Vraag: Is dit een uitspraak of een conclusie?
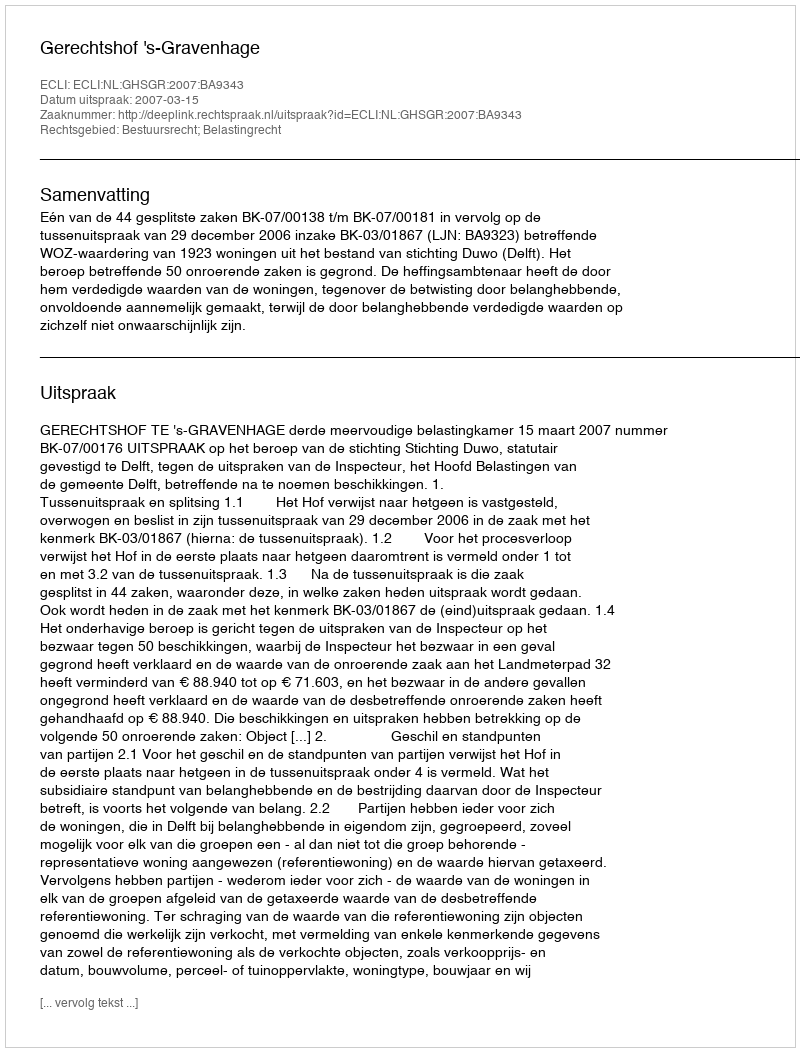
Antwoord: Uitspraak